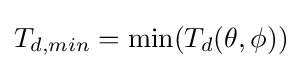
T_{d,min}=\min(T_{d}(\theta ,\phi ))